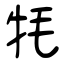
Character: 牦